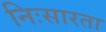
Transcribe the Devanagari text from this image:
निःसारता